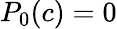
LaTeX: P_{0}(c)=0